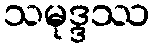
သမုဒ္ဒဿ